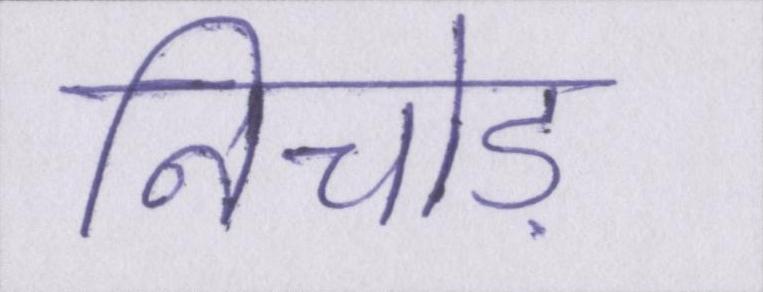
निचोड़